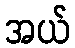
အယ်